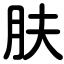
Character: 肤